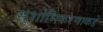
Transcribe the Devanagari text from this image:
सुशोभिकरणाकडे